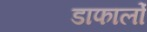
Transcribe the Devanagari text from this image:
डाफार्लो